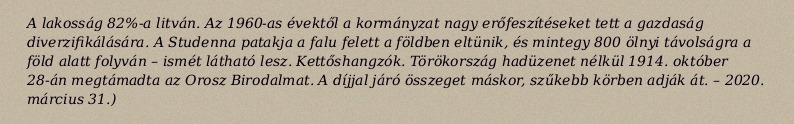
A lakosság 82%-a litván. Az 1960-as évektől a kormányzat nagy erőfeszítéseket tett a gazdaság diverzifikálására. A Studenna patakja a falu felett a földben eltünik, és mintegy 800 ölnyi távolságra a föld alatt folyván – ismét látható lesz. Kettőshangzók. Törökország hadüzenet nélkül 1914. október 28-án megtámadta az Orosz Birodalmat. A díjjal járó összeget máskor, szűkebb körben adják át. – 2020. március 31.)